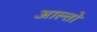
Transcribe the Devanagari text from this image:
आल्तो